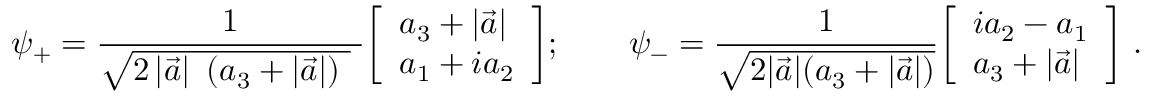
\psi _ { + } = { \frac { 1 } { { \sqrt { 2 \left| { \vec { a } } \right| \ ( a _ { 3 } + \left| { \vec { a } } \right| ) \ } } \ } } { \left[ \begin{array} { l } { a _ { 3 } + \left| { \vec { a } } \right| } \\ { a _ { 1 } + i a _ { 2 } } \end{array} \right] } ; \qquad \psi _ { - } = { \frac { 1 } { \sqrt { 2 | { \vec { a } } | ( a _ { 3 } + | { \vec { a } } | ) } } } { \left[ \begin{array} { l } { i a _ { 2 } - a _ { 1 } } \\ { a _ { 3 } + | { \vec { a } } | } \end{array} \right] } ~ .